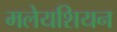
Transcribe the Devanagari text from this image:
मलेयशियन